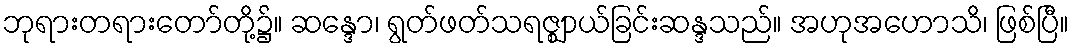
ဘုရားတရားတော်တို့၌။ ဆန္ဒော၊ ရွတ်ဖတ်သရဇ္ဈာယ်ခြင်းဆန္ဒသည်။ အဟုအဟောသိ၊ ဖြစ်ပြီ။